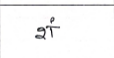
मजकूर: शं